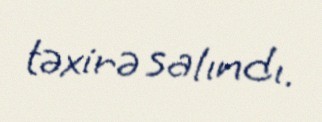
təxirə salındı.